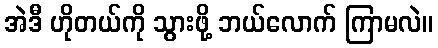
အဲဒီ ဟိုတယ်ကို သွားဖို့ ဘယ်လောက် ကြာမလဲ။